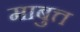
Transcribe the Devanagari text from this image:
माबुत्त